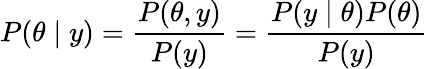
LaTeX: P(\theta\mid y)={\frac{P(\theta,y)}{P(y)}}={\frac{P(y\mid\theta)P(\theta)}{P(y)}}